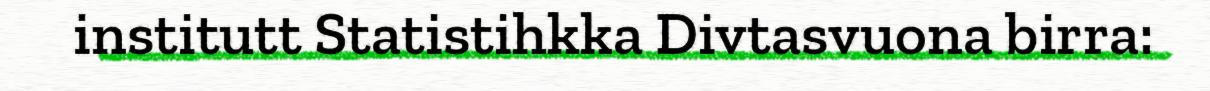
institutt Statistihkka Divtasvuona birra: